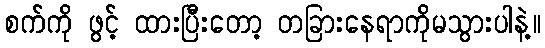
စက်ကို ဖွင့် ထားပြီးတော့ တခြားနေရာကိုမသွားပါနဲ့။